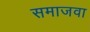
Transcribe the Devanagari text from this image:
समाजवा